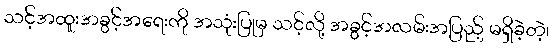
သင့်အထူးအခွင့်အရေးကို အသုံးပြုမှ သင့်လို့ အခွင့်အလမ်းအပြည့် မရှိခဲ့တဲ့၊